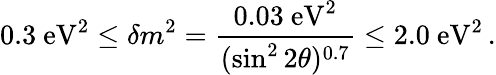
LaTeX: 0.3\mathrm{\ eV^{2}}\le\delta m^{2}={\frac{0.03\mathrm{\ eV^{2}}}{(\sin^{2}2\theta)^{0.7}}}\le 2.0\mathrm{\ eV^{2}\, .}